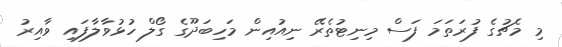
މި މެޗުގެ ފުރަތަމަ ފަސް މިނިޓުތެރޭ ނިއުއިން މަހިބަދޫގެ ގޯލް ހުޅުވާލާފައި ވާއިރު